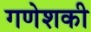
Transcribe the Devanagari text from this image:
गणेशकी